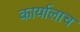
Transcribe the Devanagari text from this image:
कार्यालाच